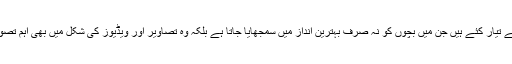
یہ اسباق قابل اساتذہ نے دیگر ماہرین کی مدد سے تیار کئے ہیں جن میں بچوں کو نہ صرف بہترین انداز میں سمجھایا جاتا ہے بلکہ وہ تصاویر اور ویڈیوز کی شکل میں بھی اہم تصورات سے باآسانی واقفیت حاصل کر سکتے ہیں۔